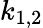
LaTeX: k_{1,2}